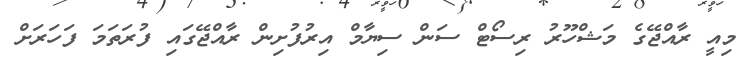
މިއީ ރާއްޖޭގެ މަޝްހޫރު ރިސޯޓް ސަން ސިޔާމް އިރުފުށިން ރާއްޖޭގައި ފުރަތަމަ ފަހަރަށް